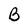
Character: B